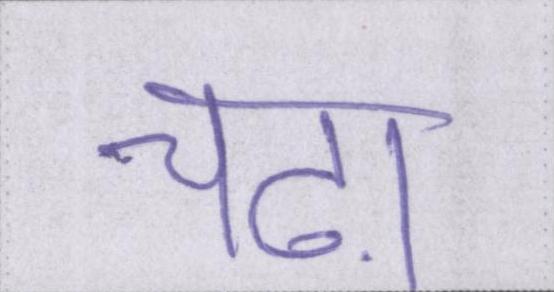
चढ़ा